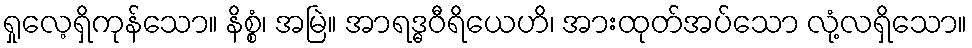
ရှုလေ့ရှိကုန်သော။ နိစ္စံ၊ အမြဲ။ အာရဒ္ဓဝီရိယေဟိ၊ အားထုတ်အပ်သော လုံ့လရှိသော။